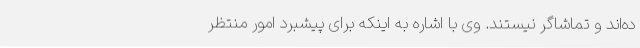
ده‌اند و تماشاگر نیستند. وی با اشاره به اینکه برای پیشبرد امور منتظر